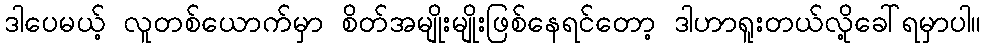
ဒါပေမယ့် လူတစ်ယောက်မှာ စိတ်အမျိုးမျိုးဖြစ်နေရင်တော့ ဒါဟာရူးတယ်လို့ခေါ်ရမှာပါ။